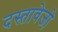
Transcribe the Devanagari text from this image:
दस्तावेजो़